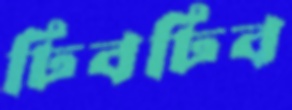
ঢিবঢিব